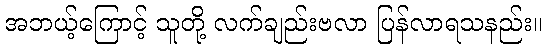
အဘယ့်ကြောင့် သူတို့ လက်ချည်းဗလာ ပြန်လာရသနည်း။